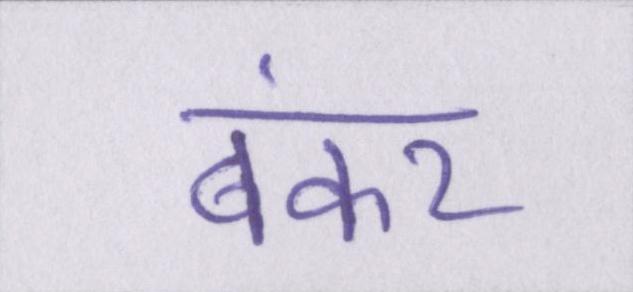
बंकर